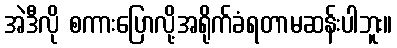
အဲဒီလို စကားပြောလို့အရိုက်ခံရတာမဆန်းပါဘူး။